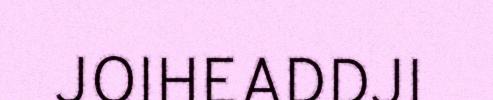
JOIHEADDJI